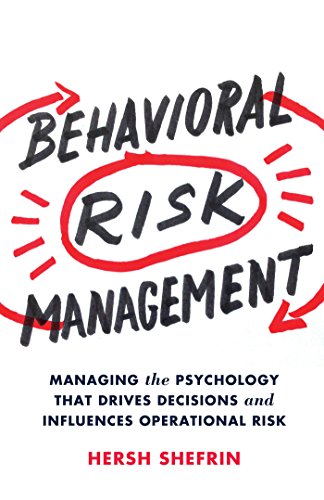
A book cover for Behavioral Risk Management: Managing the Psychology That Drives Decisions and Influences Operational Risk; Hersh Shefrin; Business & Money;